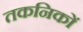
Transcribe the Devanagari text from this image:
तकनिकों